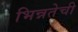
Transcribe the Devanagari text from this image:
भिन्नतेची